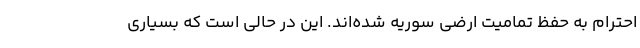
احترام به حفظ تمامیت ارضی سوریه شده‌اند. این در حالی است که بسیاری